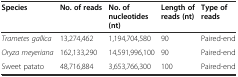
<table><thead><tr><td><b>Species</b></td><td><b>No. of reads</b></td><td><b>No. of nucleotides (nt)</b></td><td><b>Length of reads (nt)</b></td><td><b>Type of reads</b></td></tr></thead><tbody><tr><td><i>Trametes gallica</i></td><td>13,274,462</td><td>1,194,704,580</td><td>90</td><td>Paired-end</td></tr><tr><td><i>Oryza meyeriana</i></td><td>162,133,290</td><td>14,591,996,100</td><td>90</td><td>Paired-end</td></tr><tr><td>Sweet patato</td><td>48,716,884</td><td>3,653,766,300</td><td>100</td><td>Paired-end</td></tr></tbody></table>